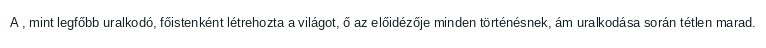
A , mint legfőbb uralkodó, főistenként létrehozta a világot, ő az előidézője minden történésnek, ám uralkodása során tétlen marad.